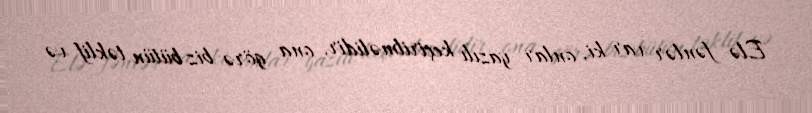
Elə fənlər var ki, onlar yazılı keçirilməlidir, ona görə biz bütün təklif və